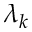
\lambda _ { k }